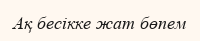
Ақ бесікке жат бөпем